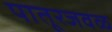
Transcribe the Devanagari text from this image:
पातूरजवळ